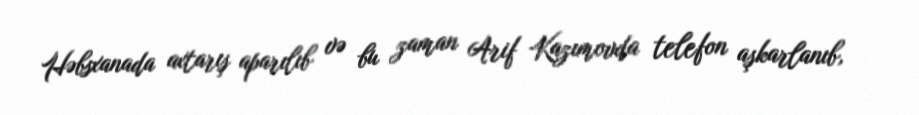
Həbsxanada axtarış aparılıb və bu zaman Arif Kazımovda telefon aşkarlanıb,